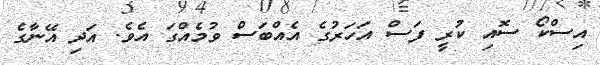
އިސްކޯ ސޮއި ކުރީ ފަސް އަހަރުގެ އެއްބަސް ވުމެއްގަ އެވެ. އަދި އޭނާގެ